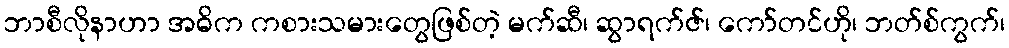
ဘာစီလိုနာဟာ အဓိက ကစားသမားတွေဖြစ်တဲ့ မက်ဆီ၊ ဆွာရက်ဇ်၊ ကော်တင်ဟို၊ ဘတ်စ်ကွက်၊